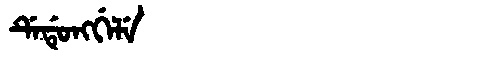
Manchu: ᡩᡝᡩᡠᠩᡤᡝᠯᡝ
Romanization: DEDUNGGELE